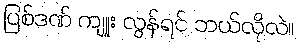
ပြစ်ဒဏ် ကျူး လွန်ရင် ဘယ်လိုလဲ။